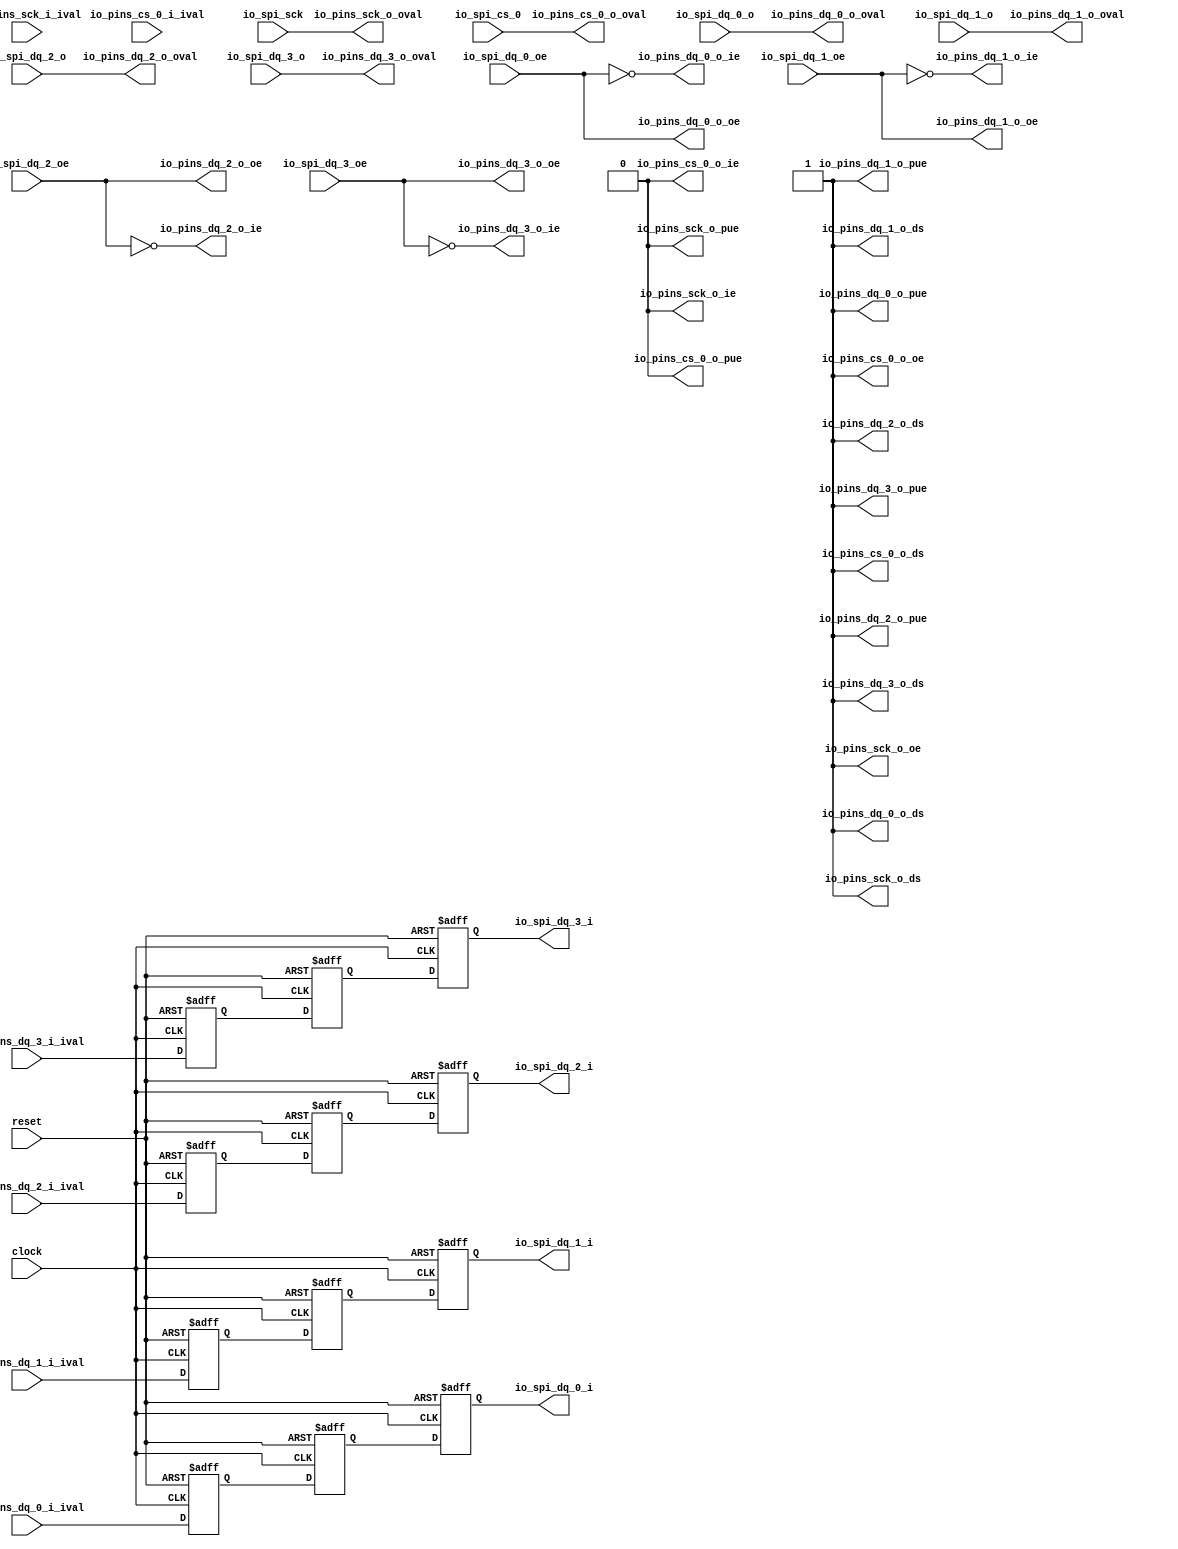

module n101_spigpioport_2(
  input   clock,
  input   reset,
  input   io_spi_sck,
  output  io_spi_dq_0_i,
  input   io_spi_dq_0_o,
  input   io_spi_dq_0_oe,
  output  io_spi_dq_1_i,
  input   io_spi_dq_1_o,
  input   io_spi_dq_1_oe,
  output  io_spi_dq_2_i,
  input   io_spi_dq_2_o,
  input   io_spi_dq_2_oe,
  output  io_spi_dq_3_i,
  input   io_spi_dq_3_o,
  input   io_spi_dq_3_oe,
  input   io_spi_cs_0,
  input   io_pins_sck_i_ival,
  output  io_pins_sck_o_oval,
  output  io_pins_sck_o_oe,
  output  io_pins_sck_o_ie,
  output  io_pins_sck_o_pue,
  output  io_pins_sck_o_ds,
  input   io_pins_dq_0_i_ival,
  output  io_pins_dq_0_o_oval,
  output  io_pins_dq_0_o_oe,
  output  io_pins_dq_0_o_ie,
  output  io_pins_dq_0_o_pue,
  output  io_pins_dq_0_o_ds,
  input   io_pins_dq_1_i_ival,
  output  io_pins_dq_1_o_oval,
  output  io_pins_dq_1_o_oe,
  output  io_pins_dq_1_o_ie,
  output  io_pins_dq_1_o_pue,
  output  io_pins_dq_1_o_ds,
  input   io_pins_dq_2_i_ival,
  output  io_pins_dq_2_o_oval,
  output  io_pins_dq_2_o_oe,
  output  io_pins_dq_2_o_ie,
  output  io_pins_dq_2_o_pue,
  output  io_pins_dq_2_o_ds,
  input   io_pins_dq_3_i_ival,
  output  io_pins_dq_3_o_oval,
  output  io_pins_dq_3_o_oe,
  output  io_pins_dq_3_o_ie,
  output  io_pins_dq_3_o_pue,
  output  io_pins_dq_3_o_ds,
  input   io_pins_cs_0_i_ival,
  output  io_pins_cs_0_o_oval,
  output  io_pins_cs_0_o_oe,
  output  io_pins_cs_0_o_ie,
  output  io_pins_cs_0_o_pue,
  output  io_pins_cs_0_o_ds
);
  wire  T_267;
  reg  T_271;
  reg [31:0] GEN_0;
  reg  T_272;
  reg [31:0] GEN_1;
  reg  T_273;
  reg [31:0] GEN_2;
  wire  T_274;
  reg  T_278;
  reg [31:0] GEN_3;
  reg  T_279;
  reg [31:0] GEN_4;
  reg  T_280;
  reg [31:0] GEN_5;
  wire  T_281;
  reg  T_285;
  reg [31:0] GEN_6;
  reg  T_286;
  reg [31:0] GEN_7;
  reg  T_287;
  reg [31:0] GEN_8;
  wire  T_288;
  reg  T_292;
  reg [31:0] GEN_9;
  reg  T_293;
  reg [31:0] GEN_10;
  reg  T_294;
  reg [31:0] GEN_11;
  assign io_spi_dq_0_i = T_273;
  assign io_spi_dq_1_i = T_280;
  assign io_spi_dq_2_i = T_287;
  assign io_spi_dq_3_i = T_294;
  assign io_pins_sck_o_oval = io_spi_sck;
  assign io_pins_sck_o_oe = 1'h1;
  assign io_pins_sck_o_ie = 1'h0;
  assign io_pins_sck_o_pue = 1'h0;
  assign io_pins_sck_o_ds = 1'h1;
  assign io_pins_dq_0_o_oval = io_spi_dq_0_o;
  assign io_pins_dq_0_o_oe = io_spi_dq_0_oe;
  assign io_pins_dq_0_o_ie = T_267;
  assign io_pins_dq_0_o_pue = 1'h1;
  assign io_pins_dq_0_o_ds = 1'h1;
  assign io_pins_dq_1_o_oval = io_spi_dq_1_o;
  assign io_pins_dq_1_o_oe = io_spi_dq_1_oe;
  assign io_pins_dq_1_o_ie = T_274;
  assign io_pins_dq_1_o_pue = 1'h1;
  assign io_pins_dq_1_o_ds = 1'h1;
  assign io_pins_dq_2_o_oval = io_spi_dq_2_o;
  assign io_pins_dq_2_o_oe = io_spi_dq_2_oe;
  assign io_pins_dq_2_o_ie = T_281;
  assign io_pins_dq_2_o_pue = 1'h1;
  assign io_pins_dq_2_o_ds = 1'h1;
  assign io_pins_dq_3_o_oval = io_spi_dq_3_o;
  assign io_pins_dq_3_o_oe = io_spi_dq_3_oe;
  assign io_pins_dq_3_o_ie = T_288;
  assign io_pins_dq_3_o_pue = 1'h1;
  assign io_pins_dq_3_o_ds = 1'h1;
  assign io_pins_cs_0_o_oval = io_spi_cs_0;
  assign io_pins_cs_0_o_oe = 1'h1;
  assign io_pins_cs_0_o_ie = 1'h0;
  assign io_pins_cs_0_o_pue = 1'h0;
  assign io_pins_cs_0_o_ds = 1'h1;
  assign T_267 = ~ io_spi_dq_0_oe;
  assign T_274 = ~ io_spi_dq_1_oe;
  assign T_281 = ~ io_spi_dq_2_oe;
  assign T_288 = ~ io_spi_dq_3_oe;

  always @(posedge clock or posedge reset) begin
  if(reset) begin
    T_271 <= 1'b0;
    T_272 <= 1'b0;
    T_273 <= 1'b0;
    T_278 <= 1'b0;
    T_279 <= 1'b0;
    T_280 <= 1'b0;
    T_285 <= 1'b0;
    T_286 <= 1'b0;
    T_287 <= 1'b0;
    T_292 <= 1'b0;
    T_293 <= 1'b0;
    T_294 <= 1'b0;
  end
  else begin
    T_271 <= io_pins_dq_0_i_ival;
    T_272 <= T_271;
    T_273 <= T_272;
    T_278 <= io_pins_dq_1_i_ival;
    T_279 <= T_278;
    T_280 <= T_279;
    T_285 <= io_pins_dq_2_i_ival;
    T_286 <= T_285;
    T_287 <= T_286;
    T_292 <= io_pins_dq_3_i_ival;
    T_293 <= T_292;
    T_294 <= T_293;
  end
  end
endmodule